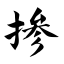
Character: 掺